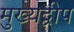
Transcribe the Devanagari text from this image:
मुख्यद्वीप